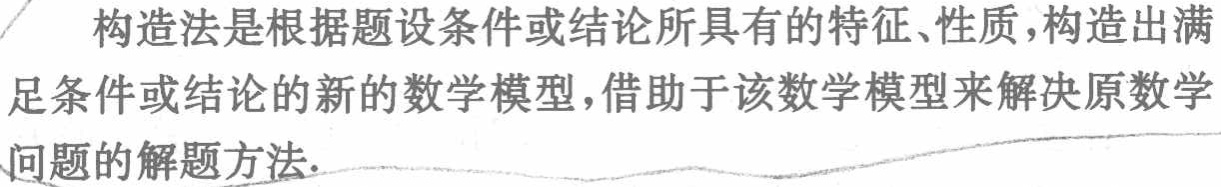
构造法是根据题设条件或结论所具有的特征、性质，构造出满足条件或结论的新的数学模型，借助于该数学模型来解决原数学问题的解题方法.